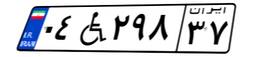
۰۴W۲۹۸۳۷